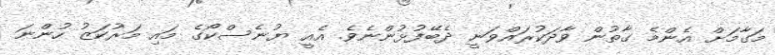
މަގާމަށް އެންމެ ގާތުން ވާދަކުރައްވަނީ ދެބޭފުޅުންނެވެ. އެއީ ޔުނެސްކޯގެ މައި މަރުކަޒު ހުންނަ